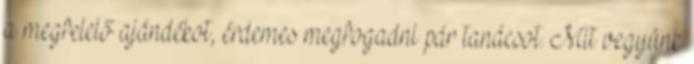
a megfelelő ajándékot, érdemes megfogadni pár tanácsot. Mit vegyünk